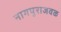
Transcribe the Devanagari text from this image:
नागपुराजवळ